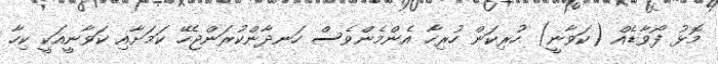
މޮޅު ފޯވާޑެއް (ކަވާނީ) ހުރިކަން ހުރިހާ އެންމެންވެސް ހަނދާންކުރަންޖެހޭ ކަމަށާއި ކަވާނީއަކީ ކިހާ